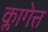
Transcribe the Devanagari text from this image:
क्लागेत्त